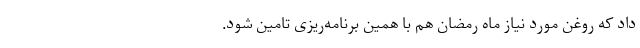
داد که روغن مورد نیاز ماه رمضان هم با همین برنامه‌ریزی تامین ‌شود.